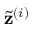
\tilde { \mathbf { z } } ^ { ( i ) }